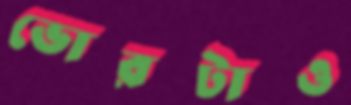
ভোরটাও